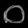
Digit: ၀